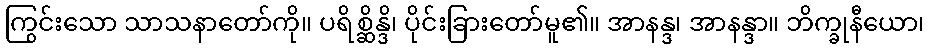
ကြွင်းသော သာသနာတော်ကို။ ပရိစ္ဆိန္ဒိ၊ ပိုင်းခြားတော်မူ၏။ အာနန္ဒ၊ အာနန္ဒာ။ ဘိက္ခုနီယော၊